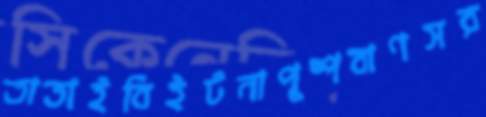
তাতাইবিইটনাপুষ্পবাণসর